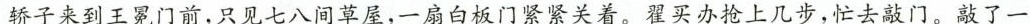
轿子来到王冕门前，只见七八间草屋，一扇白板门紧紧关着，翟买办抢上几步，忙去敲门。敲了一